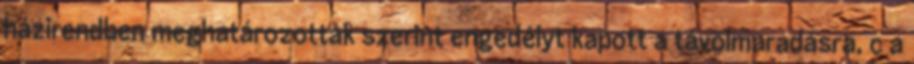
házirendben meghatározottak szerint engedélyt kapott a távolmaradásra, c a